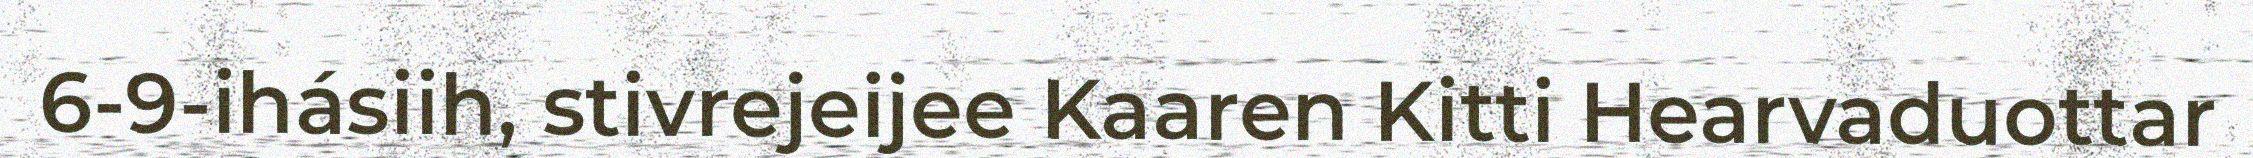
6-9-ihásiih, stivrejeijee Kaaren Kitti Hearvaduottar